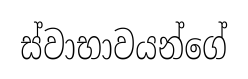
ස්වාභාවයන්ගේ